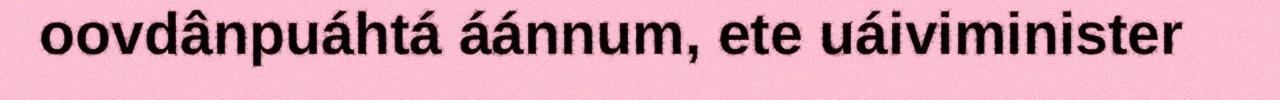
oovdânpuáhtá áánnum, ete uáiviminister